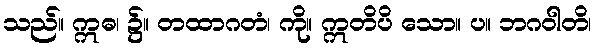
သည်။ ဣဓ၊ ၌။ တထာဂတံ၊ ကို။ ဣတိပိ သော။ ပ။ ဘဂဝါတိ၊